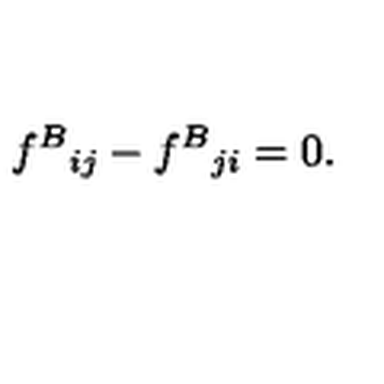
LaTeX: f ^ { B } { } _ { i j } - f ^ { B } { } _ { j i } = 0 .